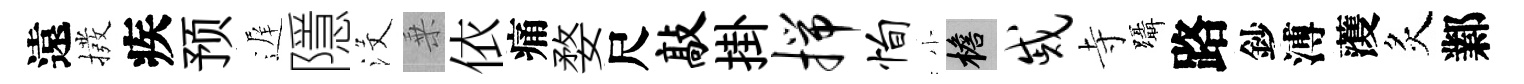
遠撥疾预遅隱沒乗依痛婺尺敲掛揣恂小檐戚寺躡路鈔溥𮑮炙鄴